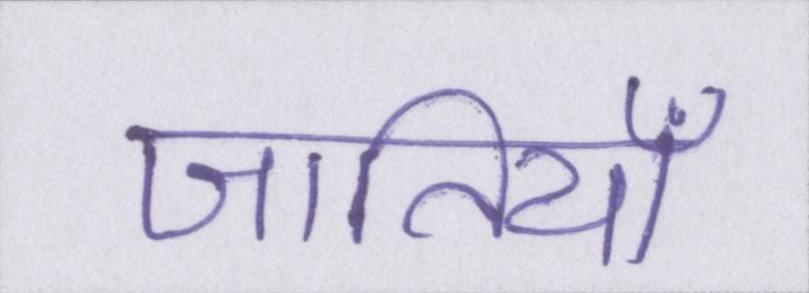
जातियाँ